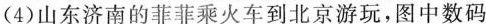
（4）山东济南的菲菲乘火车到北京游玩，图中数码